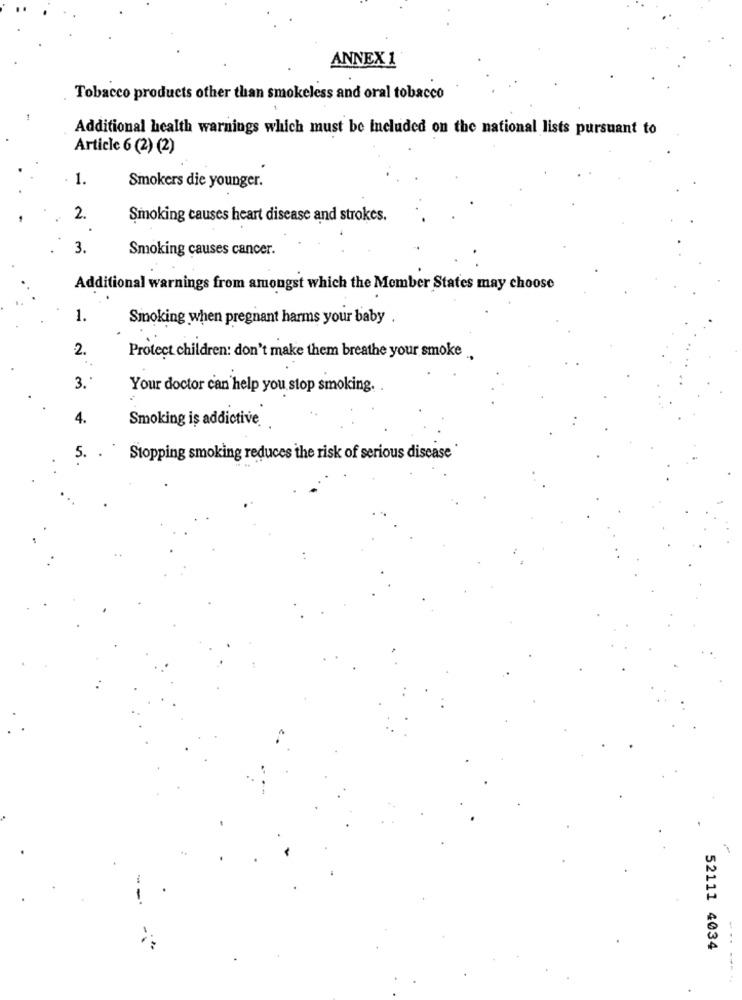
ANNEX 1
Tobacco products other than smokeless and oral tobacco
Additional health warnings which must be included on the national lists pursuant to
Article 6 (2) (2)
-
Smokers die younger.
2.
Smoking causes heart disease and strokes.
3.
Smoking causes cancer.
Additional warnings from amongst which the Member States may choose
1.
Smoking when pregnant harms your baby
2.
..
Protect children: don't make them breathe your smoke
3 .*
Your doctor can help you stop smoking.
4.
Smoking is addictive.
5.
.
Stopping smoking reduces the risk of serious disease
52111 4034